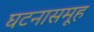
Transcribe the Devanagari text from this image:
घटनासमूह